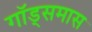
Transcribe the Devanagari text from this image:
गॉड्समास